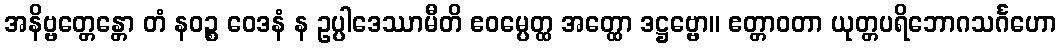
အနိဗ္ဗတ္တေန္တော တံ နဝဉ္စ ဝေဒနံ န ဥပ္ပါဒေဿာမီတိ ဧဝမ္ပေတ္ထ အတ္ထော ဒဋ္ဌဗ္ဗော။ ဧတ္တာဝတာ ယုတ္တပရိဘောဂသင်္ဂဟော